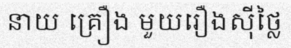
នាយ គ្រឿង មួយរឿងស៊ីថ្លៃ